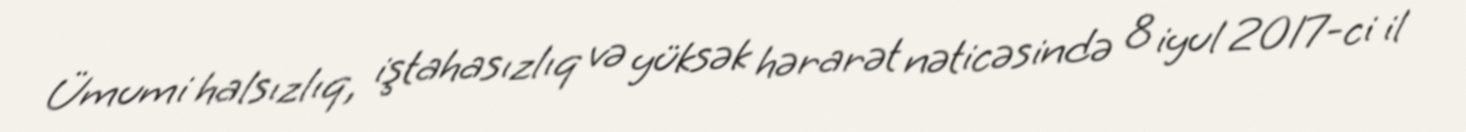
Ümumi halsızlıq, iştahasızlıq və yüksək hərarət nəticəsində 8 iyul 2017-ci il